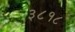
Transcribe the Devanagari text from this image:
३८१८